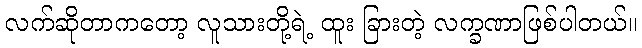
လက်ဆိုတာကတော့ လူသားတို့ရဲ့ ထူး ခြားတဲ့ လက္ခဏာဖြစ်ပါတယ်။